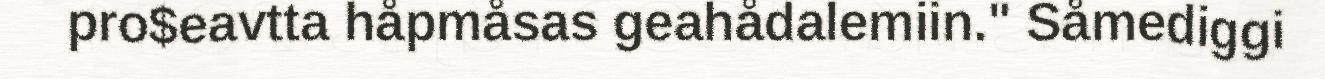
pro$eavtta håpmåsas geahådalemiin." Såmediggi